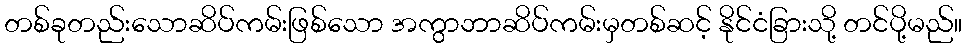
တစ်ခုတည်းသောဆိပ်ကမ်းဖြစ်သော အကွာဘာဆိပ်ကမ်းမှတစ်ဆင့် နိုင်ငံခြားသို့ တင်ပို့မည်။